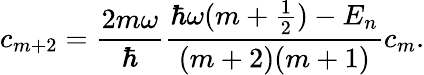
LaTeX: c_{m+2}=\frac{2m\omega}{\hbar}\frac{\hbar\omega(m+\frac{1}{2})-E_{n}}{(m+2)(m+1)}c_{m}.